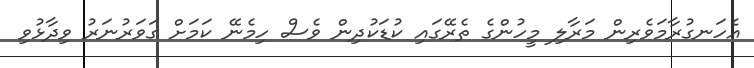
އެހަނގުރާމަވެރިން މަރާލި މީހުންގެ ތެރޭގައި ކުޑަކުދިން ވެސް ހިމެނޭ ކަމަށް ގަވަރުނަރު ވިދާޅުވި